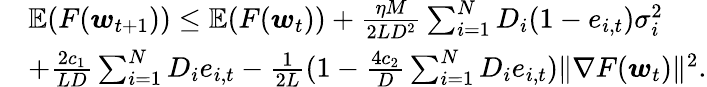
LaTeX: \begin{array}{rl}&{\mathbb{E}(F(\boldsymbol{w}_{t+1}))\le\mathbb{E}(F(\boldsymbol{w}_{t}))+\frac{\eta M}{2LD^{2}}\sum_{i=1}^{N}D_{i}(1-e_{i,t})\sigma_{i}^{2}}\\ &{+\frac{2c_{1}}{LD}\sum_{i=1}^{N}D_{i}e_{i,t}-\frac{1}{2L}(1-\frac{4c_{2}}{D}\sum_{i=1}^{N}D_{i}e_{i,t})\| \nabla F(\boldsymbol{w}_{t})\| ^{2}.}\end{array}